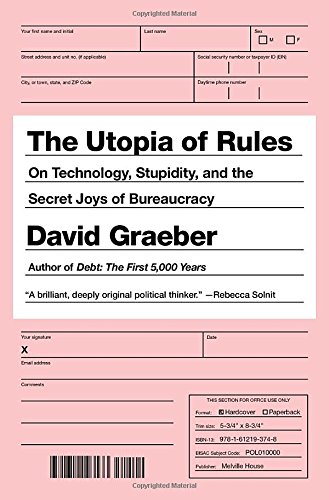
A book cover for The Utopia of Rules: On Technology, Stupidity, and the Secret Joys of Bureaucracy; David Graeber; Science & Math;